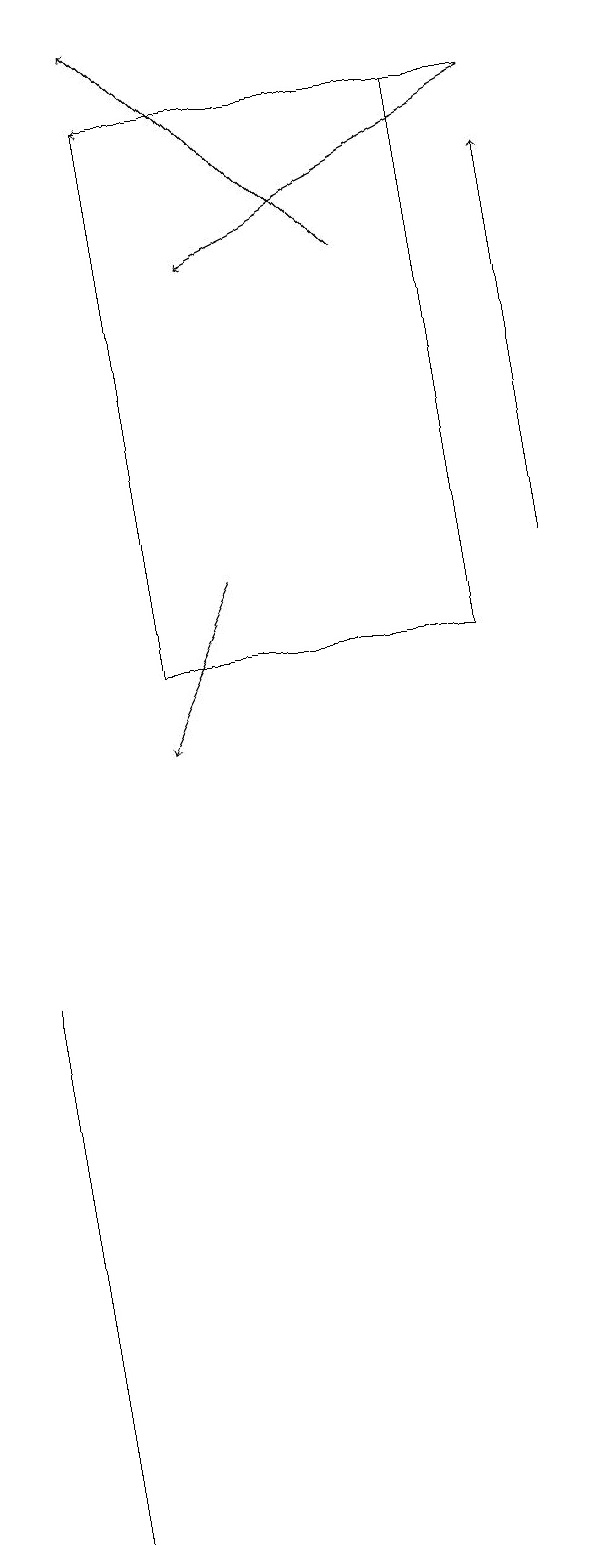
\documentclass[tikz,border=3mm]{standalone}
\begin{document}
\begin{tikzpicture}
\draw[->] (3,12) -- (2,10);
\draw[->] (7,12) -- (7,17);
\draw[->] (7,18) -- (3,16);
\draw[->] (7,18) -- (2,18);
\draw (0,7) -- (0,6) -- (0,0) -- cycle;
\draw (2,18) rectangle (6,11);
\draw[->] (5,16) -- (2,19);
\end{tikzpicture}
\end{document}